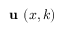
\textbf { u } ( \boldsymbol { x } , \boldsymbol { k } )